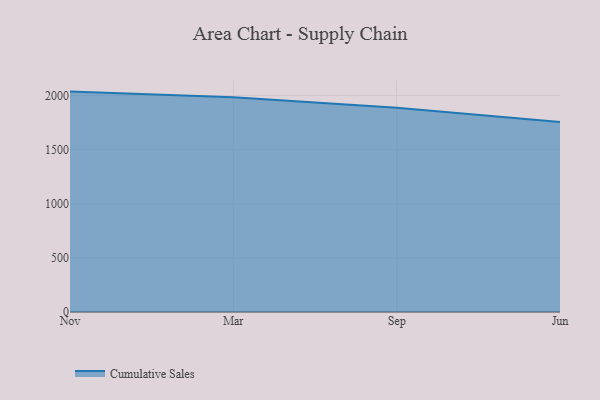
{"axis": {"x": "Month", "y": "Shipments"}, "legend": ["Cumulative Sales"], "data": [{"x": "Nov", "y": 2036.2, "type": "Cumulative Sales"}, {"x": "Mar", "y": 1984.0, "type": "Cumulative Sales"}, {"x": "Sep", "y": 1887.9, "type": "Cumulative Sales"}, {"x": "Jun", "y": 1754.6, "type": "Cumulative Sales"}]}